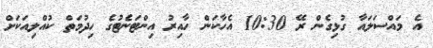
އެ މައްސަލައާ ގުޅިގެން ރޭ 10:30 އެހާކަން ހާއިރު އިންޓަނެޓުގެ ހިދުމަތް ކުއްލިއަކަށް